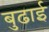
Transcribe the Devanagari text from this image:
बुढाई